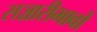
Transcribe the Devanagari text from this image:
सञ्चारीभावों